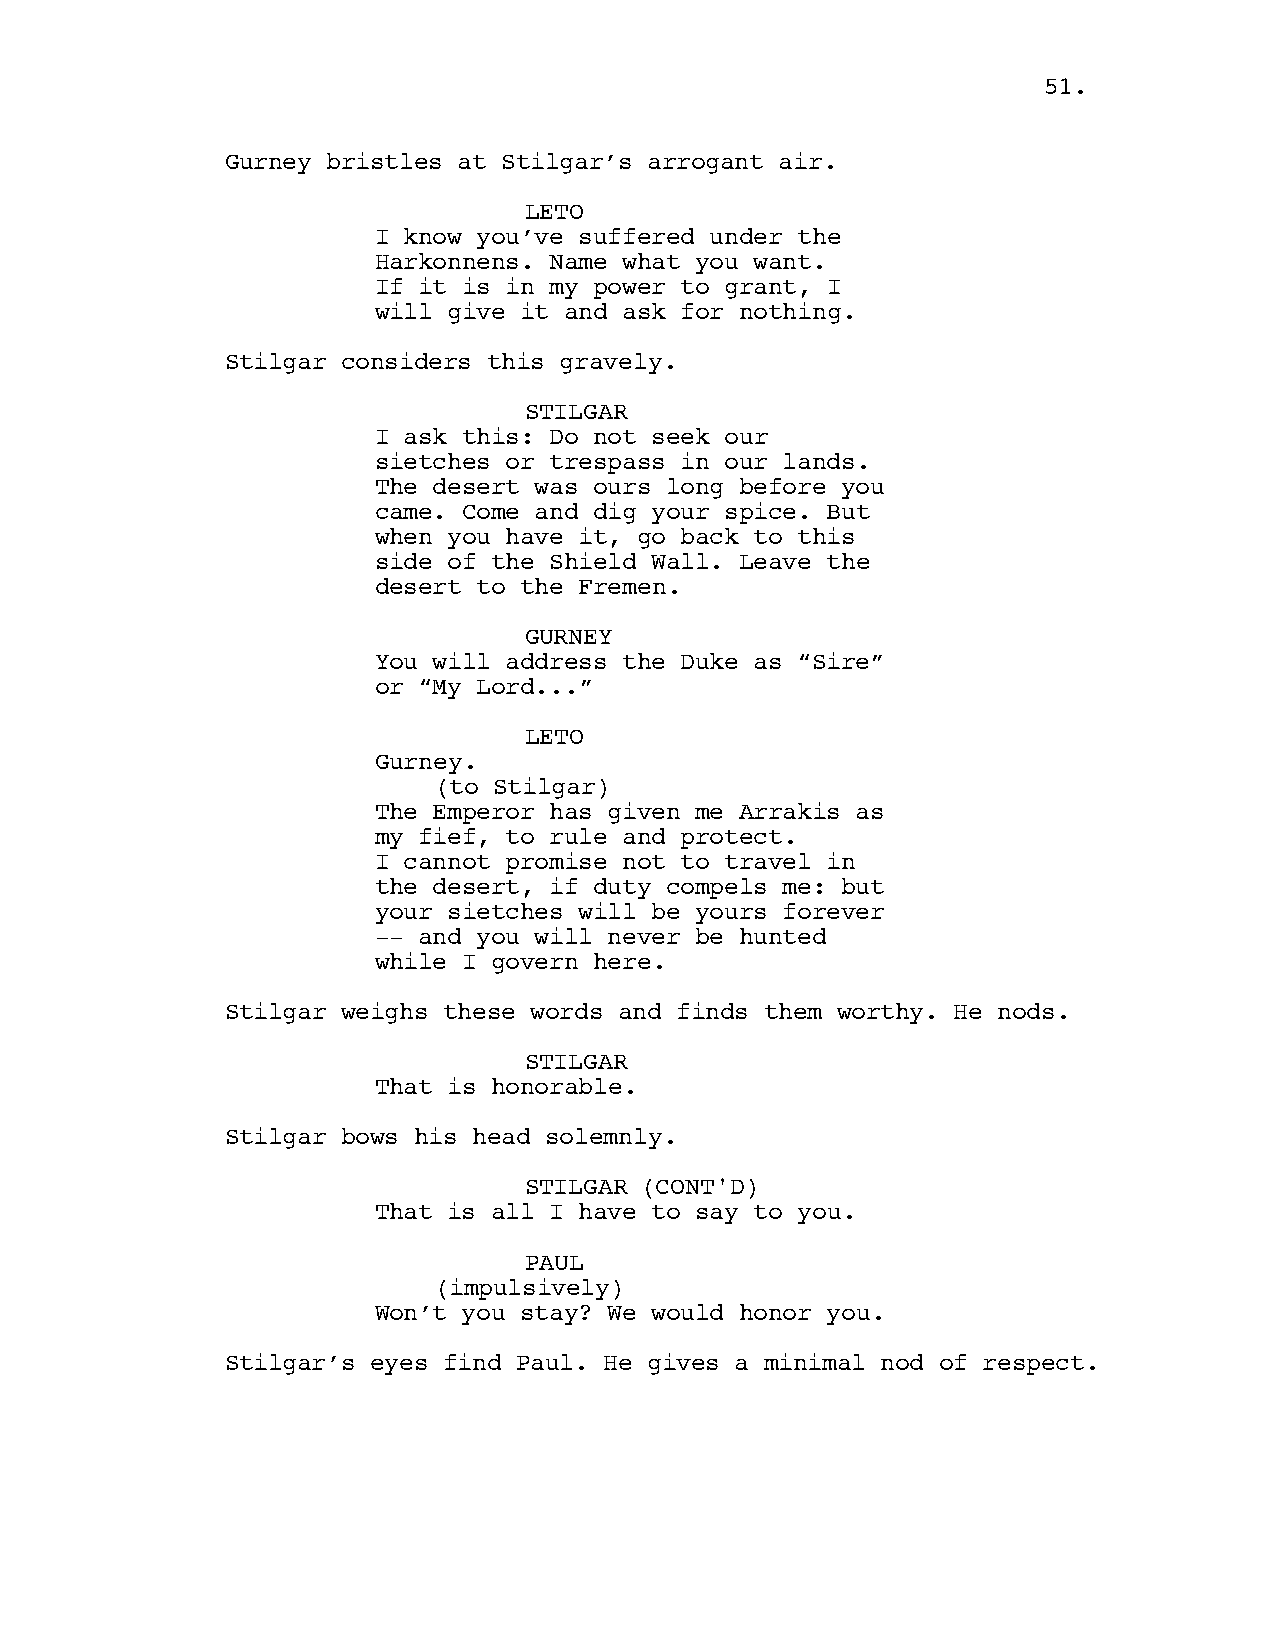
5511..
 Gurney bristles at Stilgar’s arrogant air.
 LETO
 I know you’ve suffered under the
 Harkonnens. Name what you want.
 If it is in my power to grant, I
 will give it and ask for nothing.
 Stilgar considers this gravely.
 STILGAR
 I ask this: Do not seek our
 sietches or trespass in our lands.
 The desert was ours long before you
 came. Come and dig your spice. But
 when you have it, go back to this
 side of the Shield Wall. Leave the
 desert to the Fremen.
 GURNEY
 You will address the Duke as “Sire”
 or “My Lord...”
 LETO
 Gurney.
 (to Stilgar)
 The Emperor has given me Arrakis as
 my fief, to rule and protect.
 I cannot promise not to travel in
 the desert, if duty compels me: but
 your sietches will be yours forever
 -- and you will never be hunted
 while I govern here.
 Stilgar weighs these words and finds them worthy. He nods.
 STILGAR
 That is honorable.
 Stilgar bows his head solemnly.
 STILGAR (CONT'D)
 That is all I have to say to you.
 PAUL
 (impulsively)
 Won’t you stay? We would honor you.
 Stilgar’s eyes find Paul. He gives a minimal nod of respect.